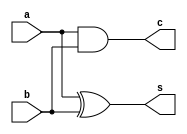
// Gate flow modelling

module halfadder(a,b,s,c);
	input a,b;
	output s,c;
	
	xor(s,a,b);
	and(c,a,b);
	
endmodule

module fulladder(x,y,z,s,c);
	input x,y,z;
	output s,c;
	wire s1,c1,c2;
	
	halfadder HA1(.a(x),.b(y),.s(s1),.c(c1));
	halfadder HA2(.a(s1),.b(z),.s(s),.c(c2));
	or (c,c1,c2);
endmodule

module addersubtractor(a,b,m,y);
        parameter n=8;
        input [(n-1):0]a;
        input [(n-1):0]b;
        input m;
        output [n:0]y;
        wire [(n-1):0]w;
        wire [(n-1):0]C;
         
        genvar i;
        generate
            for(i=0;i<n;i=i+1)
               begin
                  xor(w[i],b[i],m);
               end
        endgenerate
        
        fulladder f0(.x(a[0]),.y(w[0]),.z(m),.s(y[0]),.c(C[0]));
        
        generate
            for(i=1;i<n;i=i+1)
               begin
                   fulladder f0(.x(a[i]),.y(w[i]),.z(C[i-1]),.s(y[i]),.c(C[i]));
               end
            
        endgenerate
        assign y[n]=C[n-1];
endmodule